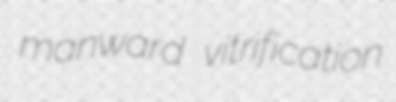
manward vitrification